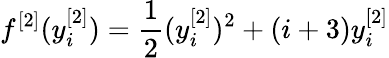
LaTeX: f^{[2]}(y_{i}^{[2]})=\frac{1}{2}(y_{i}^{[2]})^{2}+(i+3)y_{i}^{[2]}